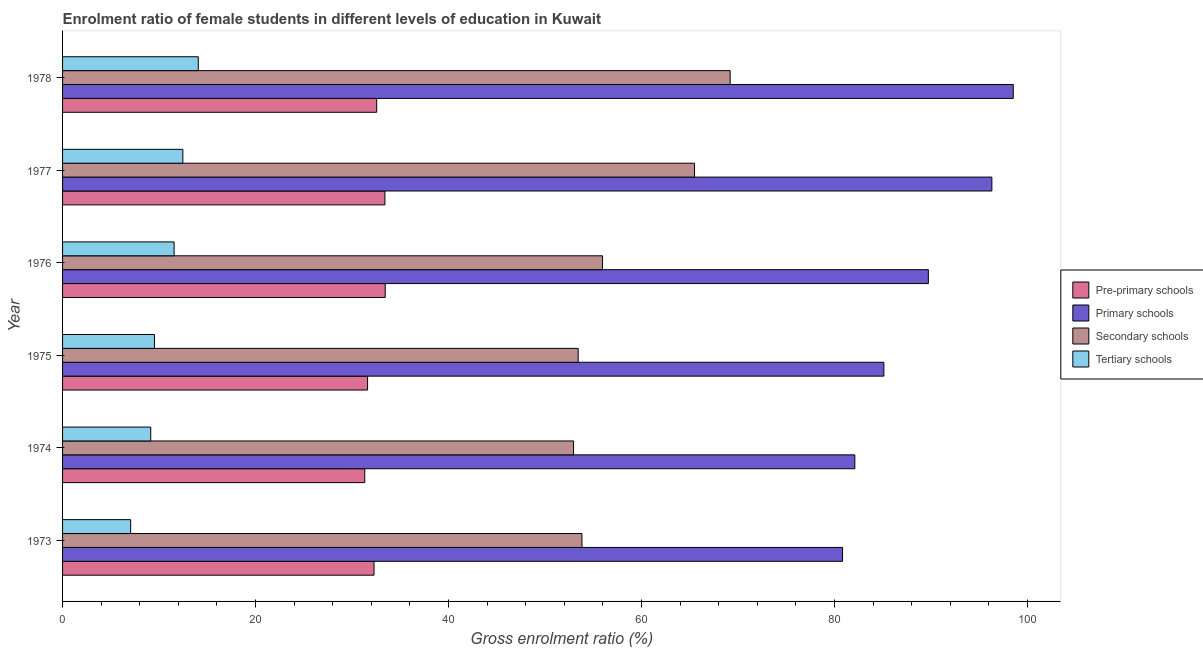
| Year | Pre-primary schools | Primary schools | Secondary schools | Tertiary schools |
 | --- | --- | --- | --- | --- |
 | 1973 | 32.3 | 80.8 | 53.8 | 7.06 |
 | 1974 | 31.3 | 82.1 | 53 | 9.14 |
 | 1975 | 31.6 | 85.1 | 53.4 | 9.52 |
 | 1976 | 33.4 | 89.7 | 56 | 11.6 |
 | 1977 | 33.4 | 96.3 | 65.5 | 12.5 |
 | 1978 | 32.6 | 98.5 | 69.2 | 14.1 |